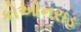
કોઓનરાડ